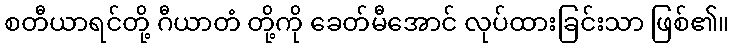
စတီယာရင်တို့ ဂီယာတံ တို့ကို ခေတ်မီအောင် လုပ်ထားခြင်းသာ ဖြစ်၏။